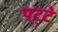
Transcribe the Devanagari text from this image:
पट्‍टे